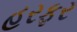
હરફર